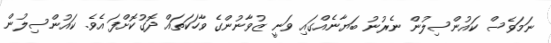
ނަމަވެސް ކައުންސިލުން ނެރުނު ބަޔާނެއްގައި ވަނީ ޒުވާނުންގެ ވާހަކަތައް ދޮގުކޮށްފަ އެވެ. ކައުންސިލުން